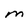
Character: M